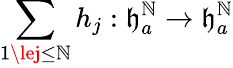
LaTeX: \sum_{1\lej\le\mathbb{N}}h_{j}:\mathfrak{{h}}_{a}^{\mathbb{N}}\to\mathfrak{{h}}_{a}^{\mathbb{N}}